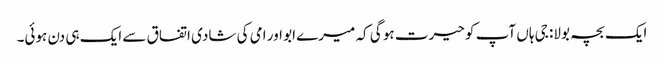
ایک بچہ بولا: جی ہاں آپ کو حیرت ہو گی کہ میرے ابو اور امی کی شادی اتفاق سے ایک ہی دن ہوئی۔